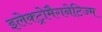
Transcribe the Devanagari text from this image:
इलेक्ट्रोमैगनेटिज्म